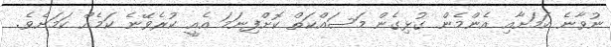
ނުވާނެ ކަމަށާއި އެންމެން ގުޅިގެން މަސައްކަތް ކޮށްފިނަމަ އެއީ ކުރެވޭނެ ކަމެއް ކަމަށެވެ.